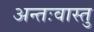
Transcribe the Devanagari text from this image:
अन्तःवास्तु